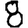
Digit: 8